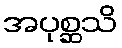
အပုစ္ဆသိ